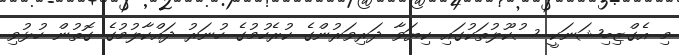
މި އެގްޒިބިޝަނަކީ ސުކޫލުތަކުގައި ކިޔަވާ ދަރިވަރުންގެ ކުރެހުމުގެ ހުނަރު ދައްކާލުމުގެ ގޮތުން ހުޅުވި